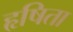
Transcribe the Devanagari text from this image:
हृषिता